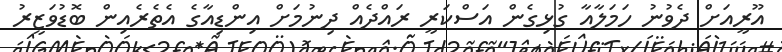
އޫރީއަށް ދެވުނު ހަމަލާއާ ގުޅިގެން އަސްކަރީ ރައްދެއް ދިނުމަށް އިންޑިއާގެ އެތެރެއިން ބޮޑުވަޒީރު